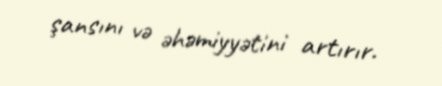
şansını və əhəmiyyətini artırır.